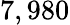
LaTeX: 7,980